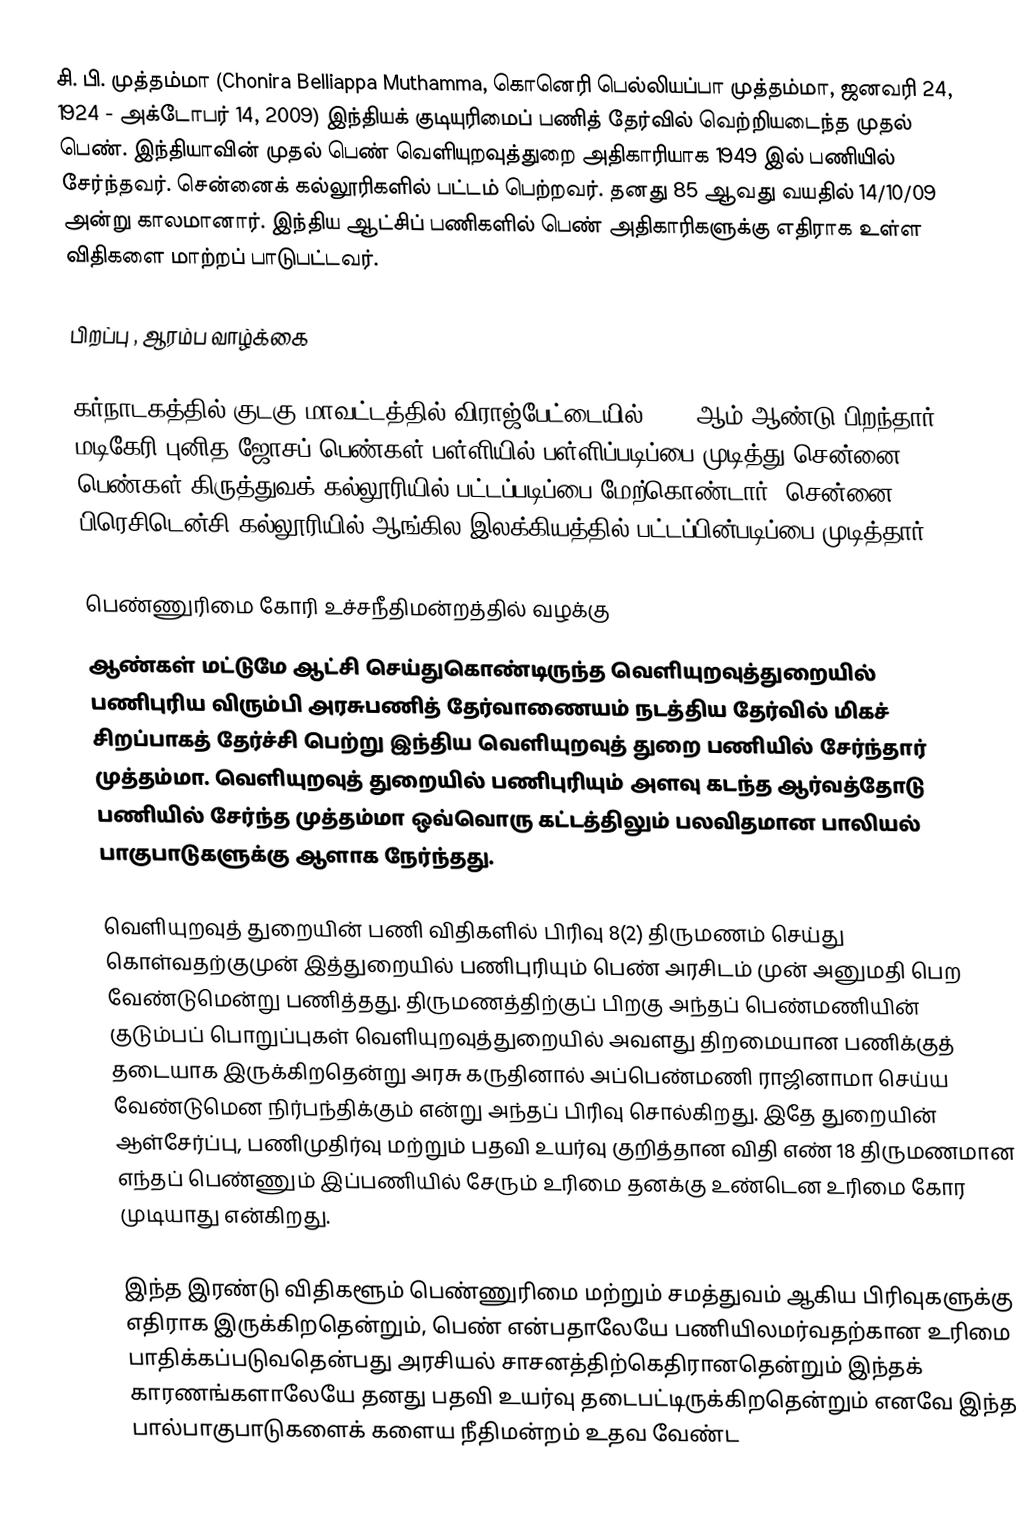
சி. பி. முத்தம்மா (Chonira Belliappa Muthamma, கொனெரி பெல்லியப்பா முத்தம்மா, ஜனவரி 24, 1924 - அக்டோபர் 14, 2009) இந்தியக் குடியுரிமைப் பணித் தேர்வில் வெற்றியடைந்த முதல் பெண். இந்தியாவின் முதல் பெண் வெளியுறவுத்துறை அதிகாரியாக 1949 இல் பணியில் சேர்ந்தவர். சென்னைக் கல்லூரிகளில் பட்டம் பெற்றவர். தனது 85 ஆவது வயதில் 14/10/09 அன்று காலமானார். இந்திய ஆட்சிப் பணிகளில் பெண் அதிகாரிகளுக்கு எதிராக உள்ள விதிகளை மாற்றப் பாடுபட்டவர்.

பிறப்பு , ஆரம்ப வாழ்க்கை

கர்நாடகத்தில் குடகு மாவட்டத்தில் விராஜ்பேட்டையில் 1924 ஆம் ஆண்டு பிறந்தார் . மடிகேரி புனித ஜோசப் பெண்கள் பள்ளியில் பள்ளிப்படிப்பை முடித்து சென்னை பெண்கள் கிருத்துவக் கல்லூரியில் பட்டப்படிப்பை மேற்கொண்டார். சென்னை பிரெசிடென்சி கல்லூரியில் ஆங்கில இலக்கியத்தில் பட்டப்பின்படிப்பை முடித்தார்.

பெண்ணுரிமை கோரி உச்சநீதிமன்றத்தில் வழக்கு
ஆண்கள் மட்டுமே ஆட்சி செய்துகொண்டிருந்த வெளியுறவுத்துறையில் பணிபுரிய விரும்பி அரசுபணித் தேர்வாணையம் நடத்திய தேர்வில் மிகச் சிறப்பாகத் தேர்ச்சி பெற்று இந்திய வெளியுறவுத் துறை பணியில் சேர்ந்தார் முத்தம்மா. வெளியுறவுத் துறையில் பணிபுரியும் அளவு கடந்த ஆர்வத்தோடு பணியில் சேர்ந்த முத்தம்மா ஒவ்வொரு கட்டத்திலும் பலவிதமான பாலியல் பாகுபாடுகளுக்கு ஆளாக நேர்ந்தது.

வெளியுறவுத் துறையின் பணி விதிகளில் பிரிவு 8(2) திருமணம் செய்து கொள்வதற்குமுன் இத்துறையில் பணிபுரியும் பெண் அரசிடம் முன் அனுமதி பெற வேண்டுமென்று பணித்தது. திருமணத்திற்குப் பிறகு அந்தப் பெண்மணியின் குடும்பப் பொறுப்புகள் வெளியுறவுத்துறையில் அவளது திறமையான பணிக்குத் தடையாக இருக்கிறதென்று அரசு கருதினால் அப்பெண்மணி ராஜினாமா செய்ய வேண்டுமென நிர்பந்திக்கும் என்று அந்தப் பிரிவு சொல்கிறது. இதே துறையின் ஆள்சேர்ப்பு, பணிமுதிர்வு மற்றும் பதவி உயர்வு குறித்தான விதி எண் 18 திருமணமான எந்தப் பெண்ணும் இப்பணியில் சேரும் உரிமை தனக்கு உண்டென உரிமை கோர முடியாது என்கிறது.

இந்த இரண்டு விதிகளூம் பெண்ணுரிமை மற்றும் சமத்துவம் ஆகிய பிரிவுகளுக்கு எதிராக இருக்கிறதென்றும், பெண் என்பதாலேயே பணியிலமர்வதற்கான உரிமை பாதிக்கப்படுவதென்பது அரசியல் சாசனத்திற்கெதிரானதென்றும் இந்தக் காரணங்களாலேயே தனது பதவி உயர்வு தடைபட்டிருக்கிறதென்றும் எனவே இந்த பால்பாகுபாடுகளைக் களைய நீதிமன்றம் உதவ வேண்ட